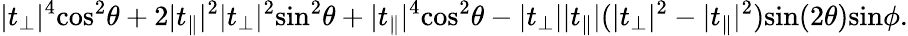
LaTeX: \lvert t_{\perp}\rvert^{4}\textrm{cos}^{2}\theta+2\lvert t_{\parallel}\rvert^{2}\lvert t_{\perp}\rvert^{2}\textrm{sin}^{2}\theta+\lvert t_{\parallel}\rvert^{4}\textrm{cos}^{2}\theta-\lvert t_{\perp}\rvert\lvert t_{\parallel}\rvert(\lvert t_{\perp}\rvert^{2}-\lvert t_{\parallel}\rvert^{2})\textrm{sin}(2\theta)\textrm{sin}\phi.